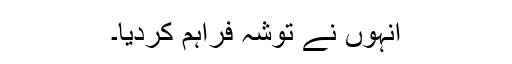
انہوں نے توشہ فراہم کردیا۔